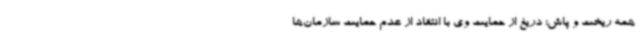
همه ریخت و پاش؛ دریغ از حمایت وی با انتقاد از عدم حمایت سازمان‌ها